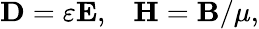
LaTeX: \mathbf{D}=\varepsilon\mathbf{E},\; \; \; \mathbf{H}=\mathbf{B}/\mu,